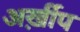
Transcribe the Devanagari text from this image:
अर्ख़ीप